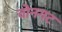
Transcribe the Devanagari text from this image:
वोनगट